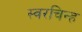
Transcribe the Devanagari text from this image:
स्वरचिन्ह